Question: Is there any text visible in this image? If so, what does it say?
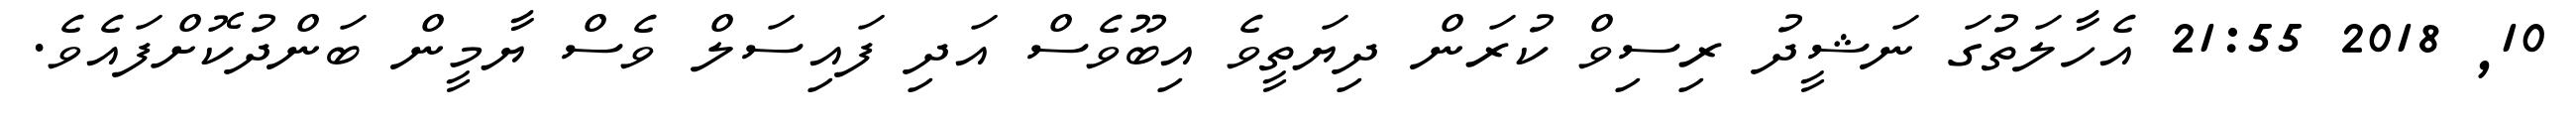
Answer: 10, 2018 21:55 އެހާލަތުގަ ނަޝީދު ރިސިވް ކުރަން ދިޔަތީވެ އިބޫވެސް އަދި ފައިސަލް ވެސް ޔާމީން ބަންދުކޮށްފައެވެ.